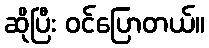
ဆိုပြီး ဝင်ပြောတယ်။